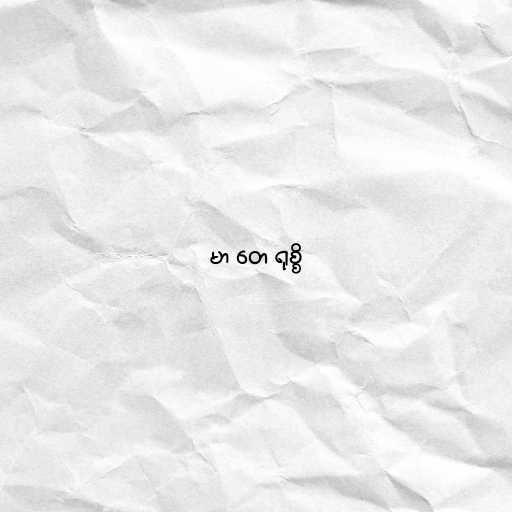
မာ တေ ရုစ္စိ